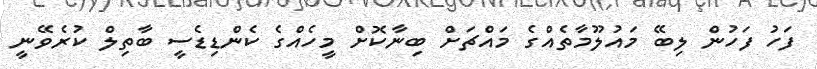
ފަހު ފަހުން ލިބޭ މައުލޫމާތެއްގެ މައްޗަށް ބިނާކޮށް މީހެއްގެ ކެންޑިޑެސީ ބާތިލް ކުރެވޭނީ